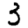
Digit: 3